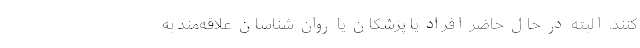
کنند. البته در حال حاضر افراد یا پزشکان یا روان شناسان علاقه‌مند به